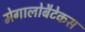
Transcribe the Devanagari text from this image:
मेगालोबैटेकस